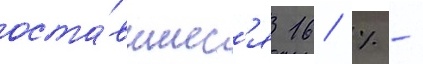
оста́вшиес'я 16 % -